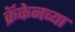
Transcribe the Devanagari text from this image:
क्रॅकेनच्या